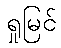
ရှုမြင်